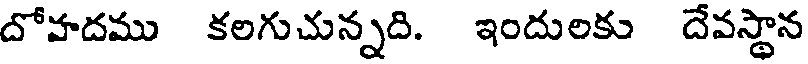
దోహదము కలగుచున్నది. ఇందులకు దేవస్థాన